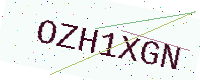
Text: OZH1XGN